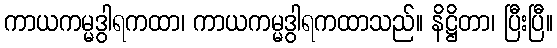
ကာယကမ္မဒွါရကထာ၊ ကာယကမ္မဒွါရကထာသည်။ နိဋ္ဌိတာ၊ ပြီးပြီ။